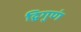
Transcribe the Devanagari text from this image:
द्विगुणं